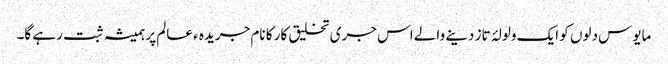
مایوس دلوں کو ایک ولولۂ تاز دینے والے اس جری تخلیق کار کا نام جریدہ ء عالم پر ہمیشہ ثبت رہے گا۔